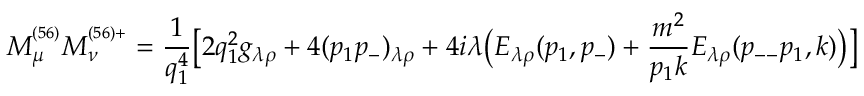
M _ { \mu } ^ { ^ { ( 5 6 ) } } M _ { \nu } ^ { ^ { ( 5 6 ) + } } = \frac { 1 } { q _ { 1 } ^ { 4 } } \bigl [ 2 q _ { 1 } ^ { 2 } g _ { \lambda \rho } + 4 ( p _ { 1 } p _ { - } ) _ { \lambda \rho } + 4 i \lambda \bigl ( E _ { \lambda \rho } ( p _ { 1 } , p _ { - } ) + \frac { m ^ { 2 } } { p _ { 1 } k } E _ { \lambda \rho } ( p _ { -- } p _ { 1 } , k ) \bigr ) \bigr ]